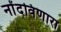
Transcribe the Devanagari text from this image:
नोंदविणारा